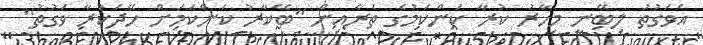
އެވަގުތު ލިބޭނީ މިހާރު ކުރާ ކަންކަމުގެ ތެރެއިން "ބޭކާރު ކަންކަމަށް ހޭދަކުރާ ވަގުތު"